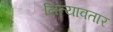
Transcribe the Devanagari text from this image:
नित्यावतार